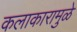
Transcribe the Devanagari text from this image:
कलाकारामुळे